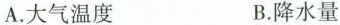
A.大气温度 B.降水量